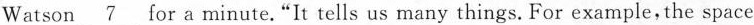
Watson\underline{7}for a minute."It tells us many things. For example, the space